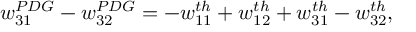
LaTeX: w _ { 3 1 } ^ { P D G } - w _ { 3 2 } ^ { P D G } = - w _ { 1 1 } ^ { t h } + w _ { 1 2 } ^ { t h } + w _ { 3 1 } ^ { t h } - w _ { 3 2 } ^ { t h } ,